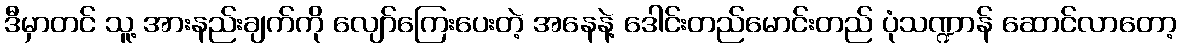
ဒီမှာတင် သူ့ အားနည်းချက်ကို လျော်ကြေးပေးတဲ့ အနေနဲ့ ဒေါင်းတည်မောင်းတည် ပုံသဏ္ဍာန် ဆောင်လာတော့